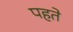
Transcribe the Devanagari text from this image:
पहते